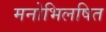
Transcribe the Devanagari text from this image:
मनोभिलषित